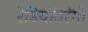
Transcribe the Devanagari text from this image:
रेडियोतरंगो